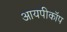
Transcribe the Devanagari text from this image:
आयपीकॉप